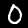
Label: 0